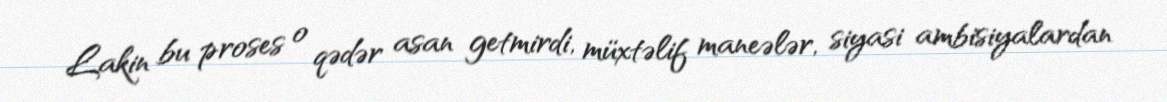
Lakin bu proses o qədər asan getmirdi, müxtəlif maneələr, siyasi ambisiyalardan